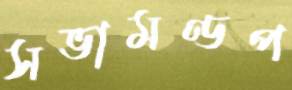
সভামণ্ডপ